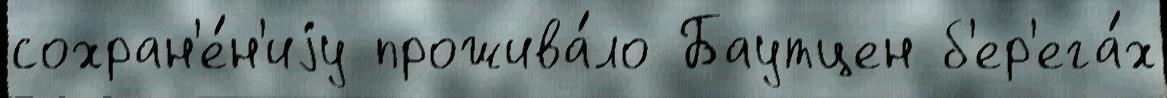
сохран'е́н'иjу прожива́ло Баутцен б'ер'ега́х